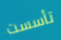
تأسست